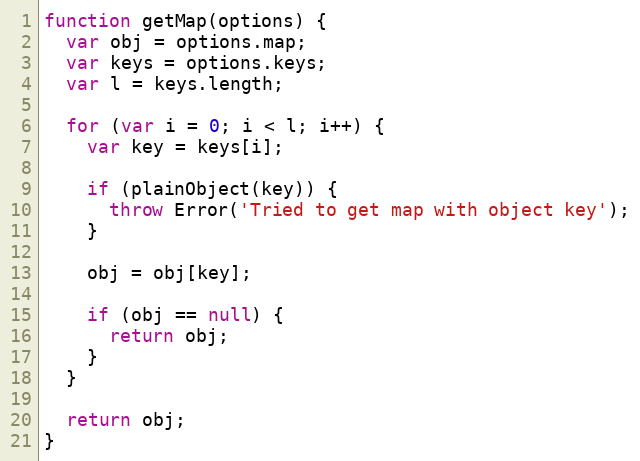
Language: JavaScript
function getMap(options) {
  var obj = options.map;
  var keys = options.keys;
  var l = keys.length;

  for (var i = 0; i < l; i++) {
    var key = keys[i];

    if (plainObject(key)) {
      throw Error('Tried to get map with object key');
    }

    obj = obj[key];

    if (obj == null) {
      return obj;
    }
  }

  return obj;
}